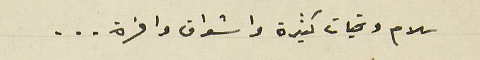
سلام وتحيات كثيرة واشواق وافرة ...